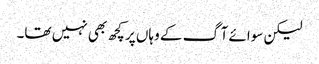
لیکن سوائے آگ کے وہاں پر کچھ بھی نہیں تھا۔